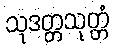
သုဒတ္တသုတ္တံ